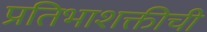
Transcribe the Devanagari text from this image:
प्रतिभाशक्तीची